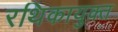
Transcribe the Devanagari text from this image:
रथिकायुक्त